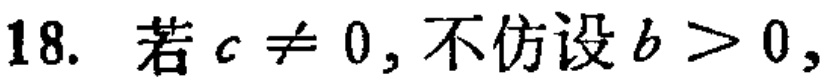
18. 若$c\neq 0$, 不仿设$b > 0$,